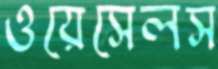
ওয়েসেলস